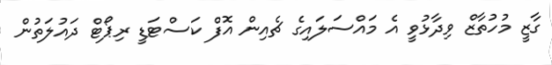
ގާޒީ މުހުތާޒް ވިދާޅުވީ އެ މައްސަލައިގެ ޗެއިން އޮފް ކަސްޓަޑީ ރިޕޯޓް ދައުލަތުން